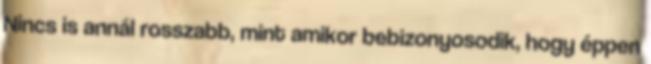
Nincs is annál rosszabb, mint amikor bebizonyosodik, hogy éppen